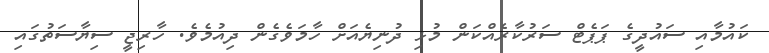
ކައުމާއި ސައުދީގެ ޕަޕެޓް ސަރުކާރެއްކަން މުޅި ދުނިޔެއަށް ހާމަވެގެން ދިއުމެވެ. ހާރިޖީ ސިޔާސަތުގައި